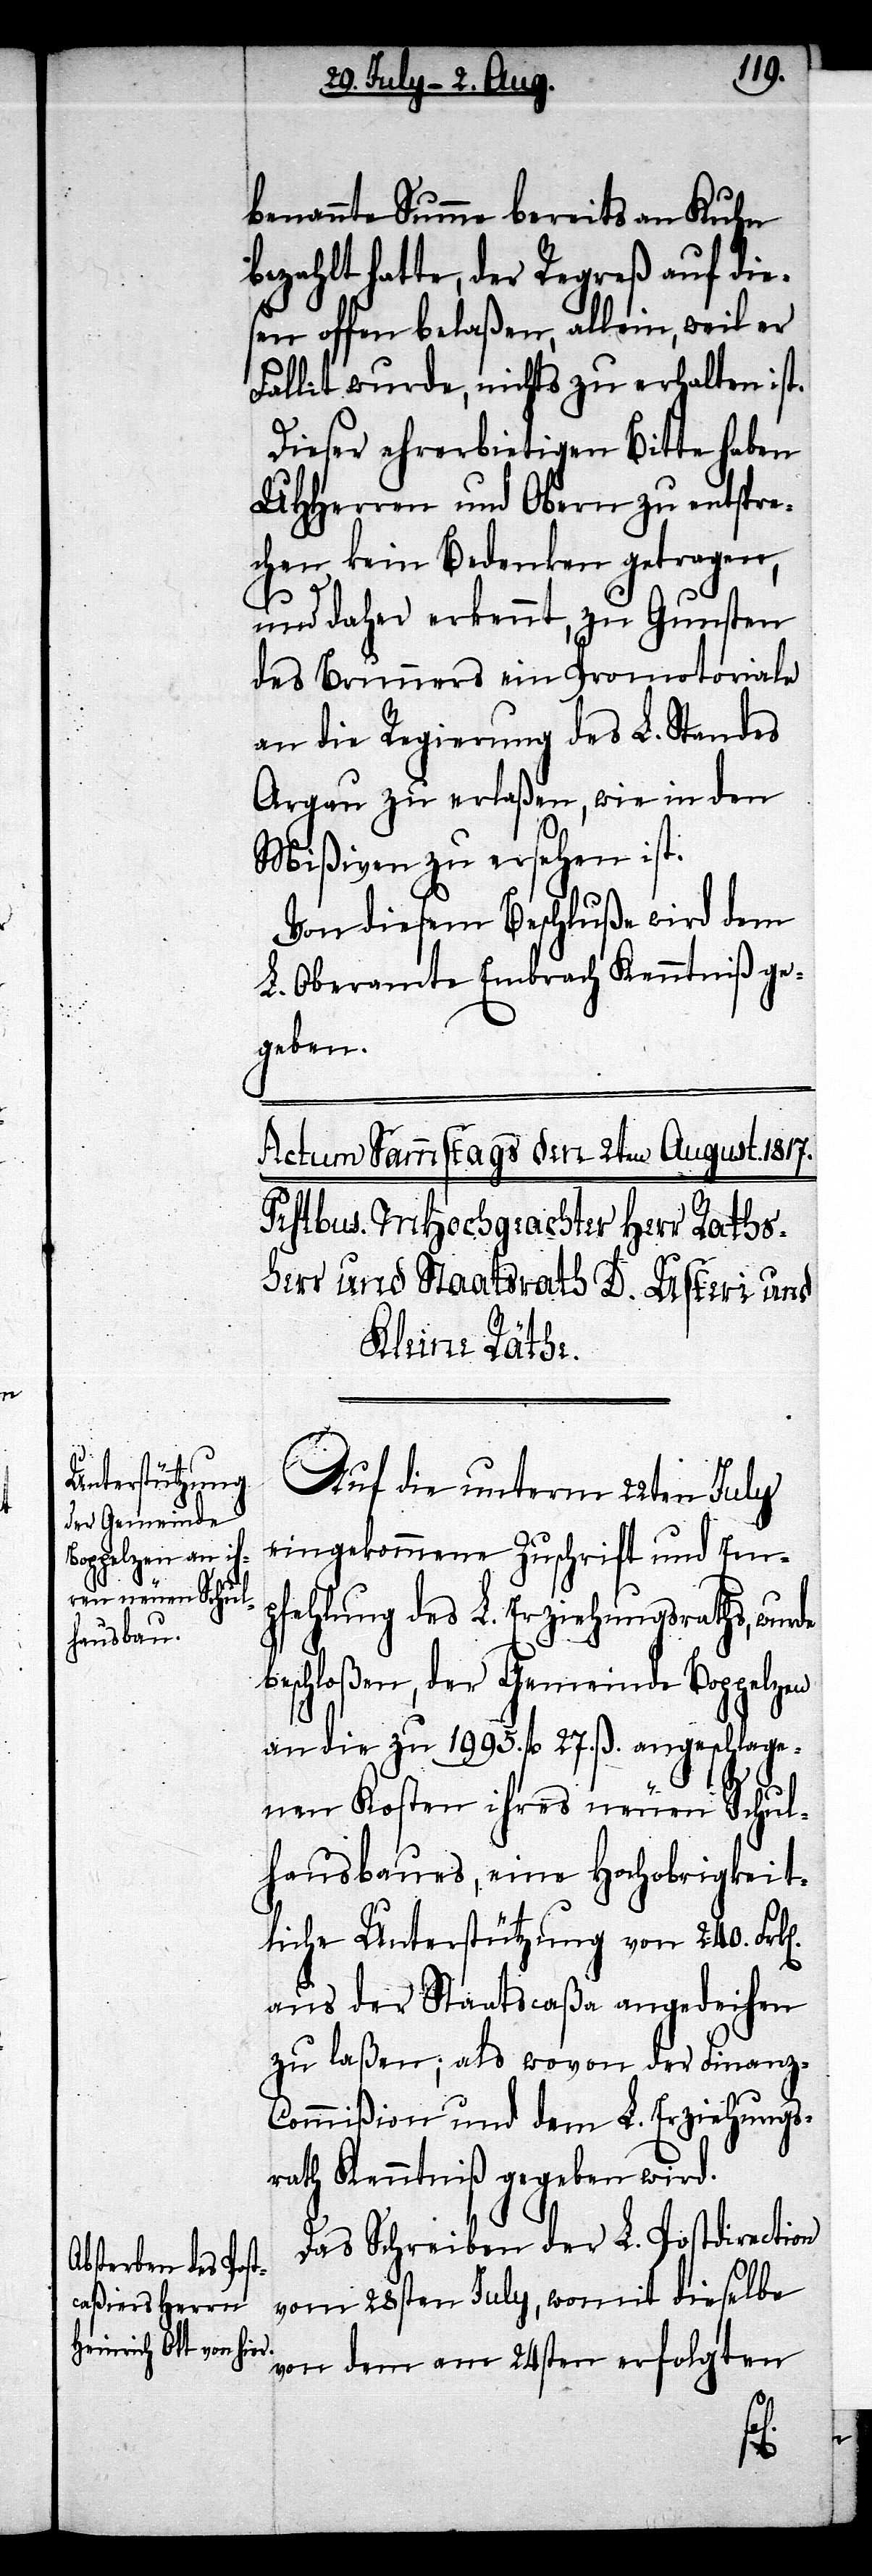
benannte Summe bereits an Kuhn
bezahlt hatte, der Regreß auf die¬
sen offen belaßen, allein, weil er
Fallit wurde, nichts zu erhalten ist.
Dieser ehrerbietigen Bitte haben
UHHerren und Obern zu entspre¬
chen kein Bedenken getragen,
und daher erkennt, zu Gunsten
des Brunners ein Promotoriale
an die Regierung des L. Standes
Argau zu erlaßen, wie in den
Mißiven zu ersehen ist.
Von diesem Beschluße wird dem
L. Oberamte Embrach Kenntniß ge¬
geben.
Auf die unterm 22ten July
eingekommene Zuschrift und Em¬
pfehlung des L. Erziehungsraths, wurde
beschloßen, der Gemeinde Boppelzen
an die zu 1995. fl. 27. ß. angeschlage¬
nen Kosten ihres neuen Schul¬
hausbaus, eine Hochobrigkeit¬
liche Unterstützung von 240.
aus der Staatscaßa angedeihen
zu laßen; als wovon der Finanz-C¬
ommißion und dem L. Erziehungs¬
rath Kenntniß gegeben wird.
Das Schreiben der L. Postdirection
vom 28sten July, womit dieselbe
von dem am 24sten erfolgten